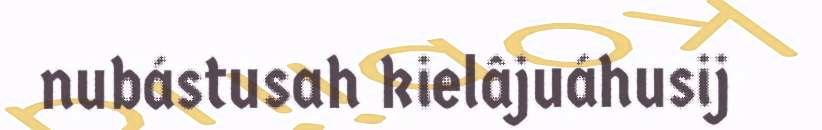
nubástusah kielâjuáhusij